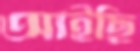
আইছি